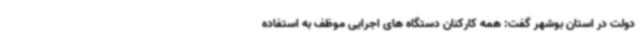
دولت در استان بوشهر گفت: همه کارکنان دستگاه های اجرایی موظف به استفاده